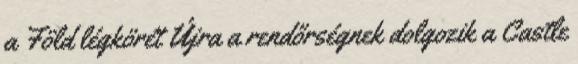
a Föld légkörét Újra a rendőrségnek dolgozik a Castle